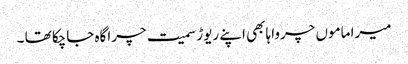
میرا ماموں چرواہا بھی اپنے ریوڑ سمیت چراگاہ جاچکا تھا ۔